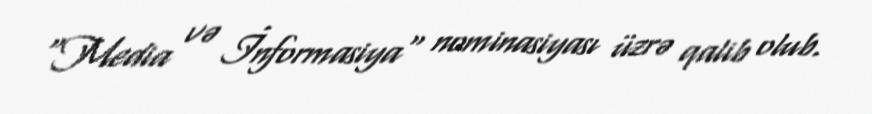
"Media və İnformasiya" nominasiyası üzrə qalib olub.